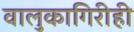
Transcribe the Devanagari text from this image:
वालुकागिरीही